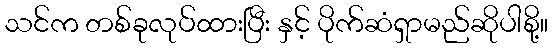
သင်က တစ်ခုလုပ်ထားပြီး နှင့် ပိုက်ဆံရှာမည်ဆိုပါစို့။